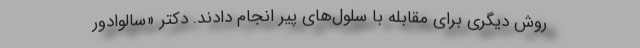
روش دیگری برای مقابله با سلول‌های پیر انجام دادند. دکتر «سالوادور